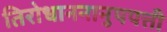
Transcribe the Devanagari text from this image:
तिरोधाननानुपपत्ती